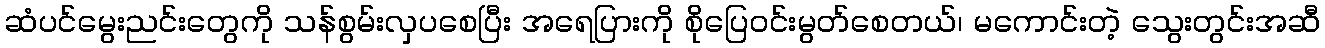
ဆံပင်မွေးညင်းတွေကို သန်စွမ်းလှပစေပြီး အရေပြားကို စိုပြေဝင်းမွတ်စေတယ်၊ မကောင်းတဲ့ သွေးတွင်းအဆီ